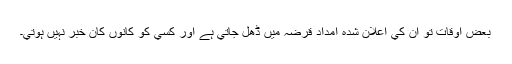
بعض اوقات تو ان کي اعلان شدہ امداد قرضہ ميں ڈھل جاتي ہے اور کسي کو کانوں کان خبر نہيں ہوتي۔